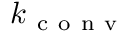
k _ { \mathrm { ~ c ~ o ~ n ~ v ~ } }